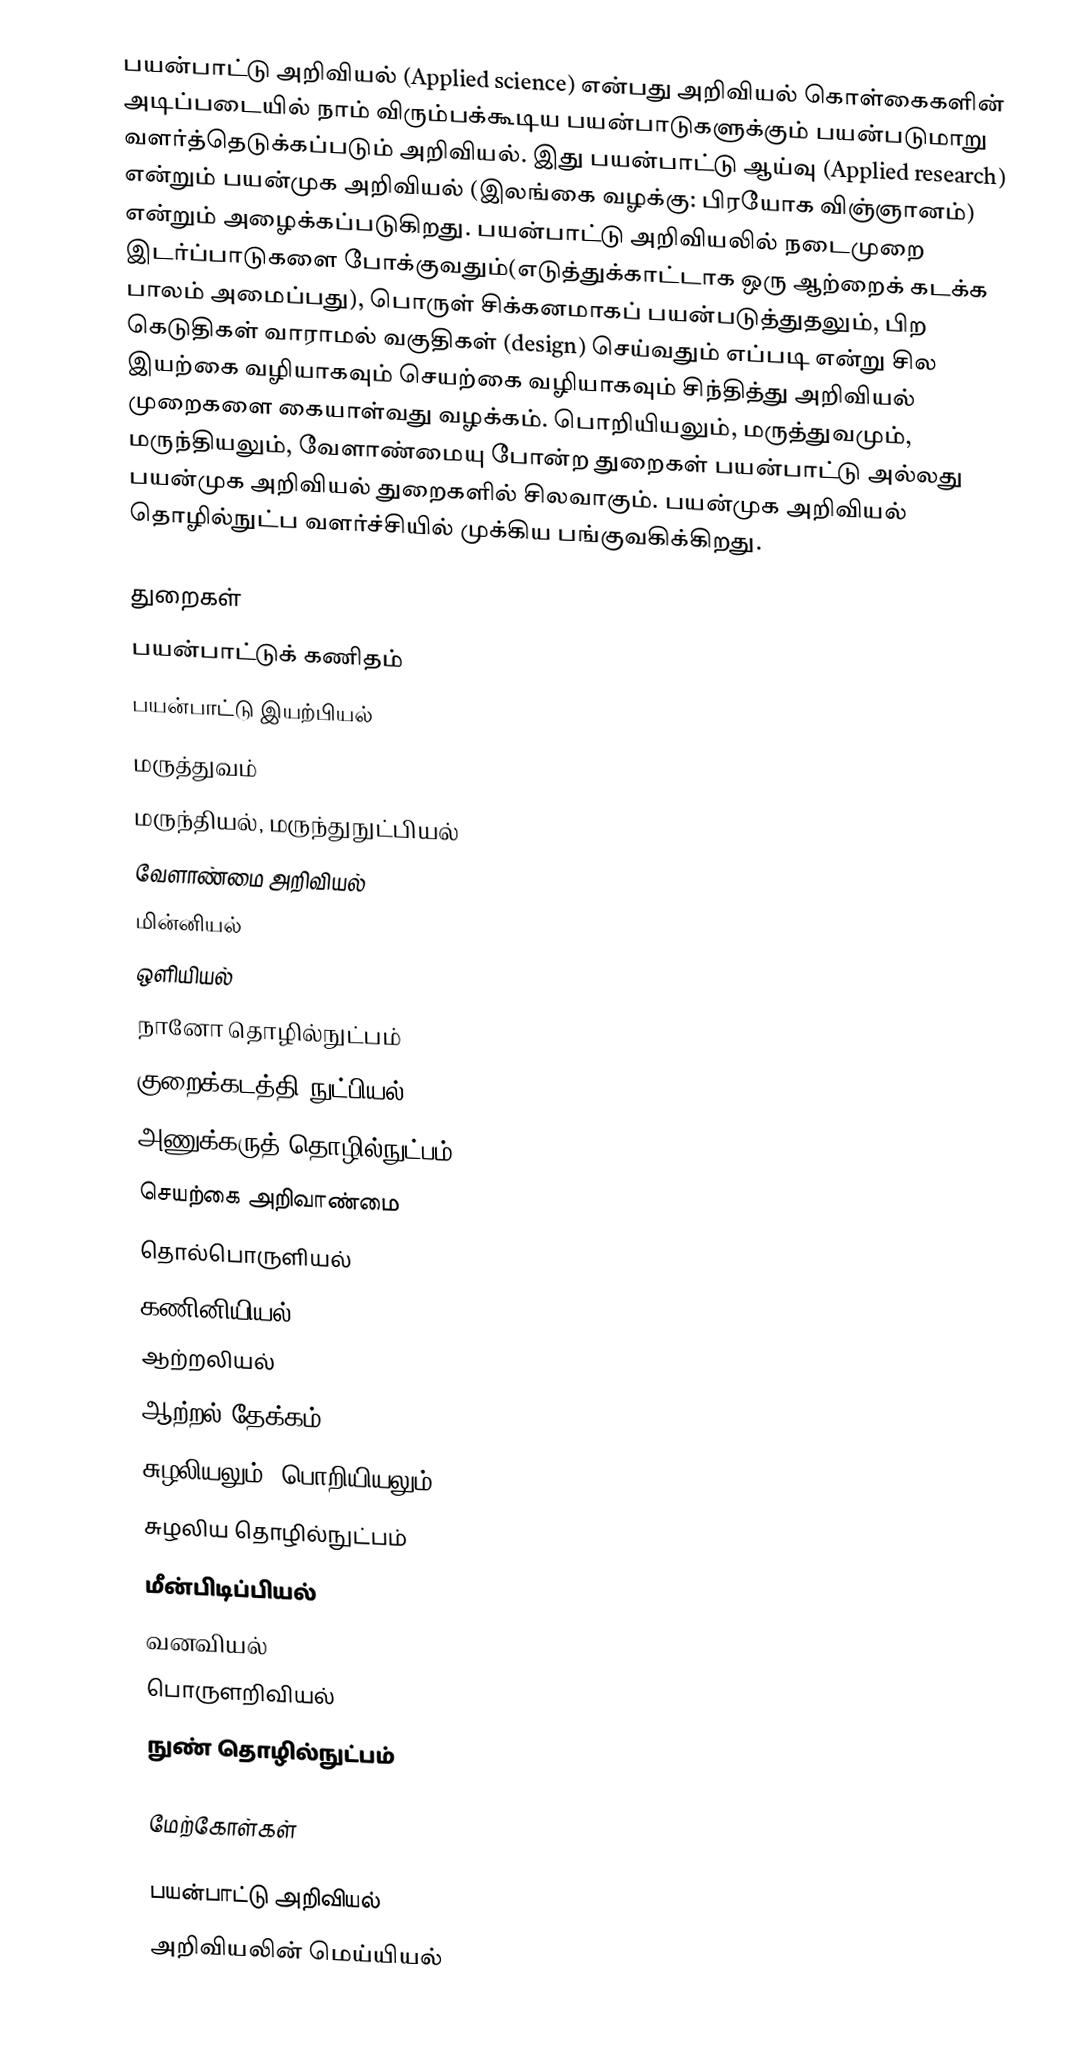
பயன்பாட்டு அறிவியல் (Applied science) என்பது அறிவியல் கொள்கைகளின் அடிப்படையில் நாம் விரும்பக்கூடிய பயன்பாடுகளுக்கும் பயன்படுமாறு வளர்த்தெடுக்கப்படும் அறிவியல். இது பயன்பாட்டு ஆய்வு (Applied research) என்றும் பயன்முக அறிவியல் (இலங்கை வழக்கு: பிரயோக விஞ்ஞானம்) என்றும் அழைக்கப்படுகிறது. பயன்பாட்டு அறிவியலில் நடைமுறை இடர்ப்பாடுகளை போக்குவதும்(எடுத்துக்காட்டாக ஒரு ஆற்றைக் கடக்க பாலம் அமைப்பது), பொருள் சிக்கனமாகப் பயன்படுத்துதலும், பிற கெடுதிகள் வாராமல் வகுதிகள் (design) செய்வதும் எப்படி என்று சில இயற்கை வழியாகவும் செயற்கை வழியாகவும் சிந்தித்து அறிவியல் முறைகளை கையாள்வது வழக்கம். பொறியியலும், மருத்துவமும், மருந்தியலும், வேளாண்மையு போன்ற துறைகள் பயன்பாட்டு அல்லது பயன்முக அறிவியல் துறைகளில் சிலவாகும். பயன்முக அறிவியல் தொழில்நுட்ப வளர்ச்சியில் முக்கிய பங்குவகிக்கிறது.

துறைகள்
 பயன்பாட்டுக் கணிதம்
 பயன்பாட்டு இயற்பியல்
 மருத்துவம்
 மருந்தியல், மருந்துநுட்பியல்
 வேளாண்மை அறிவியல்
 மின்னியல்
 ஒளியியல்
 நானோ தொழில்நுட்பம்
 குறைக்கடத்தி நுட்பியல்
 அணுக்கருத் தொழில்நுட்பம்
 செயற்கை அறிவாண்மை
 தொல்பொருளியல்
 கணினியியல்
 ஆற்றலியல்
 ஆற்றல் தேக்கம்
 சுழலியலும், பொறியியலும்
 சுழலிய தொழில்நுட்பம்
 மீன்பிடிப்பியல்
 வனவியல்
 பொருளறிவியல்
 நுண் தொழில்நுட்பம்

மேற்கோள்கள்

பயன்பாட்டு அறிவியல்
அறிவியலின் மெய்யியல்